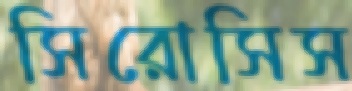
সিরোসিস